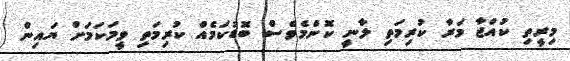
މިރީތި ކުއްޖާ މަރާ ކުރިމަތި ލާނީ ކޮންމެވެސް ބޮޑުކަމެއް ކުރިމަތި ވީމަކަމަށް ޔައިން